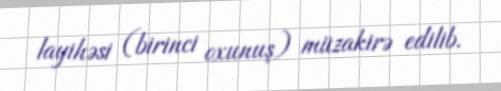
layihəsi (birinci oxunuş) müzakirə edilib.